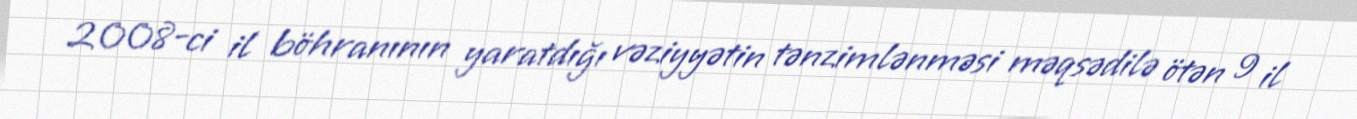
2008-ci il böhranının yaratdığı vəziyyətin tənzimlənməsi məqsədilə ötən 9 il